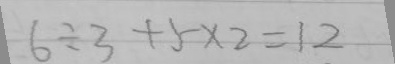
6 \div 3 + 5 \times 2 = 1 2